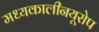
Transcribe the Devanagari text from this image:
मध्यकालीनयूरोप